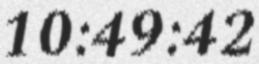
10:49:42